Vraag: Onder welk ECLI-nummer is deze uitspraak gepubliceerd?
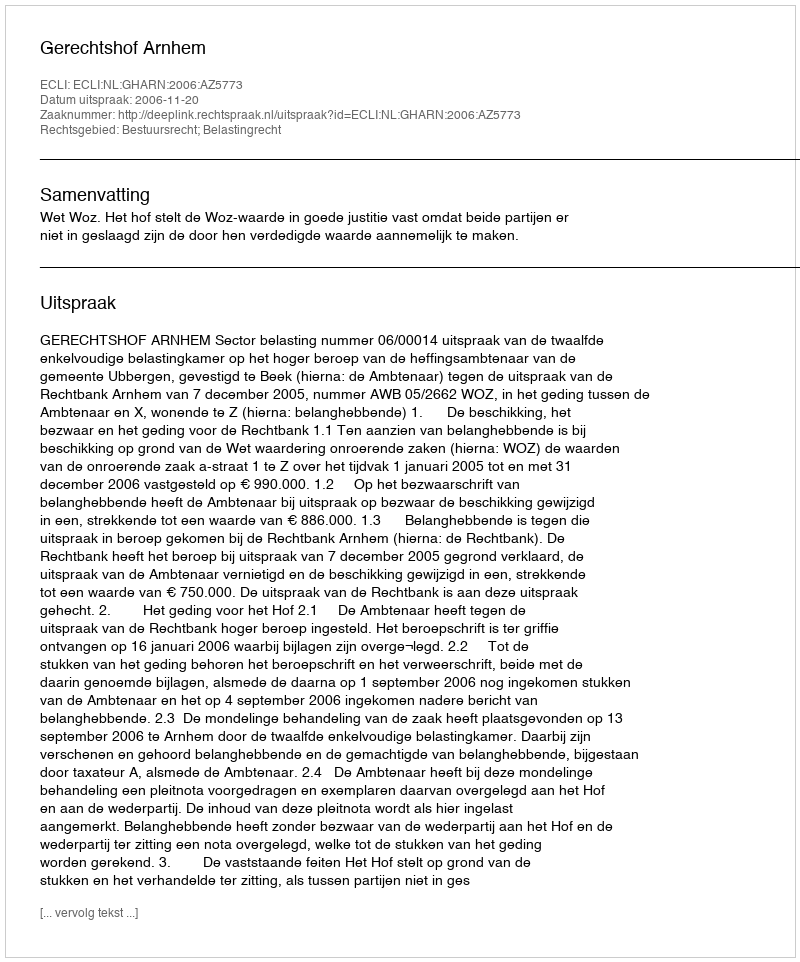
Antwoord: ECLI:NL:GHARN:2006:AZ5773